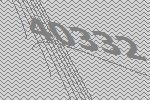
40332